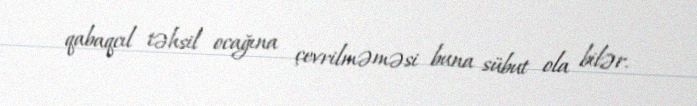
qabaqcıl təhsil ocağına çevrilməməsi buna sübut ola bilər.